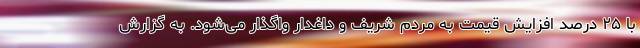
با ۲۵ درصد افزایش قیمت به مردم شریف و داغدار واگذار می‌شود. به گزارش